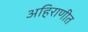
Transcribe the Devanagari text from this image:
अहिराणीत